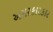
અસરકારકાર